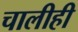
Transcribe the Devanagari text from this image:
चालीही